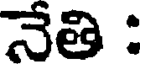
నేతి :